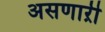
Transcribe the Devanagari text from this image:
असणाऱी